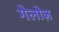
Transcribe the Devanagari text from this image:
गेलोज़